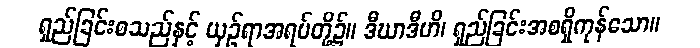
ရှည်ခြင်းစသည်နှင့် ယှဉ်ရာအရပ်တို့၌။ ဒီဃာဒီဟိ၊ ရှည်ခြင်းအစရှိကုန်သော။